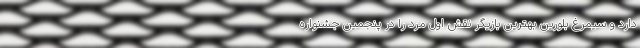
دارد و سیمرغ بلورین بهترین بازیگر نقش اول مرد را در پنجمین جشنواره